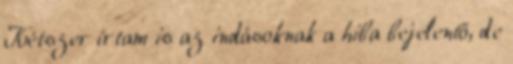
Kétszer írtam is az indásoknak a hiba bejelentő, de